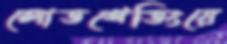
লোডশেডিংয়ে